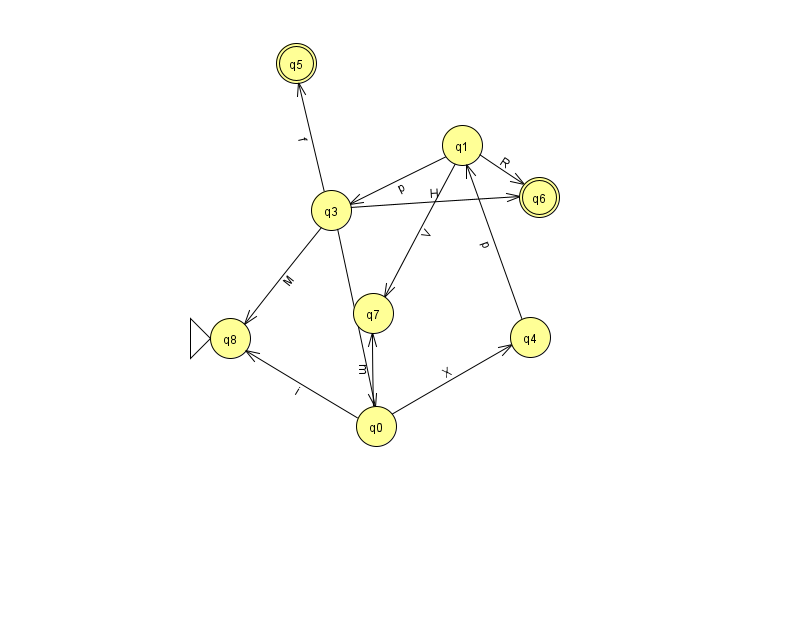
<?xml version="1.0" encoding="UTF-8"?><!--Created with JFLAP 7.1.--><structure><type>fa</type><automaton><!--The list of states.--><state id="0" name="q0"><x>376.0</x><y>413.0</y></state><state id="1" name="q1"><x>462.0</x><y>132.0</y></state><state id="3" name="q3"><x>331.0</x><y>197.0</y></state><state id="4" name="q4"><x>530.0</x><y>324.0</y></state><state id="5" name="q5"><x>296.0</x><y>50.0</y><final/></state><state id="6" name="q6"><x>539.0</x><y>184.0</y><final/></state><state id="7" name="q7"><x>373.0</x><y>300.0</y></state><state id="8" name="q8"><x>230.0</x><y>325.0</y><initial/></state><!--The list of transitions.--><transition><from>1</from><to>6</to><read>R</read></transition><transition><from>3</from><to>0</to><read>B</read></transition><transition><from>0</from><to>4</to><read>X</read></transition><transition><from>4</from><to>1</to><read>p</read></transition><transition><from>3</from><to>6</to><read>H</read></transition><transition><from>0</from><to>7</to><read>m</read></transition><transition><from>1</from><to>7</to><read>V</read></transition><transition><from>0</from><to>8</to><read>i</read></transition><transition><from>1</from><to>3</to><read>p</read></transition><transition><from>3</from><to>5</to><read>f</read></transition><transition><from>3</from><to>8</to><read>M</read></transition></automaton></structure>